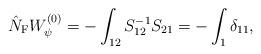
LaTeX: \begin{align*} \hat{N}_{\rm F}W_{\psi}^{(0)}=-\int_{12}S^{-1}_{12}S_{21}=-\int_1\delta_{11},\end{align*}